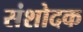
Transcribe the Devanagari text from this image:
संशोदक